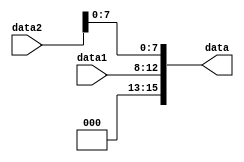
module binding_5_32(
    data1,data2,data
);

input [4:0]data1;
input [31:0]data2;
output [15:0]data;

assign data[15:13] = 3'b000;
assign data[12:8] = data1[4:0];
assign data[7:0] = data2[7:0];


endmodule // selector